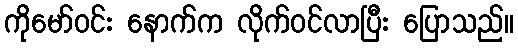
ကိုမော်ဝင်း နောက်က လိုက်ဝင်လာပြီး ပြောသည်။